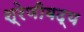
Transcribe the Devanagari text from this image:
श्रेणीबद्य